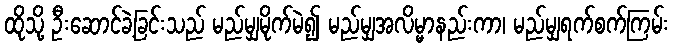
ထိုသို့ ဦးဆောင်ခဲ့ခြင်းသည် မည်မျှမိုက်မဲ၍ မည်မျှအလိမ္မာနည်းကာ၊ မည်မျှရက်စက်ကြမ်း